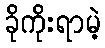
ခိုကိုးရာမဲ့